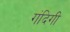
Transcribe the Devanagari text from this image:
गंदिगी